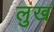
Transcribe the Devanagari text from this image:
लुख